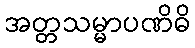
အတ္တသမ္မာပဏိဓိ